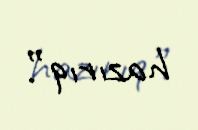
hazırıq”.